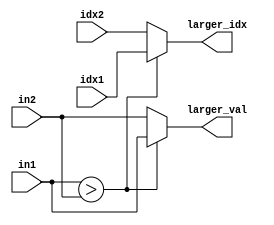
module larger_index #(parameter BIT_WIDTH = 8, NUM_INPUTS = 10, INDEX_WIDTH = 4)(
	input signed[BIT_WIDTH-1:0] in1, in2,
	input [INDEX_WIDTH-1:0] idx1, idx2,
	output signed[BIT_WIDTH-1:0] larger_val,
	output [INDEX_WIDTH-1:0] larger_idx
);

// signed comparison due to adding 'signed' keyword
assign larger_idx = (in1 > in2) ? idx1 : idx2;
assign larger_val = (in1 > in2) ? in1 : in2;

endmodule